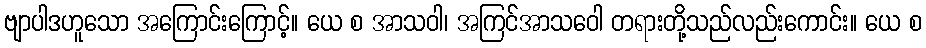
ဗျာပါဒဟူသော အကြောင်းကြောင့်။ ယေ စ အာသဝါ၊ အကြင်အာသဝေါ တရားတို့သည်လည်းကောင်း။ ယေ စ